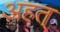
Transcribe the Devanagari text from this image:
अहत्